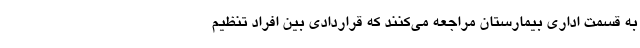
به قسمت اداری بیمارستان مراجعه می‌کنند که قراردادی بین افراد تنظیم